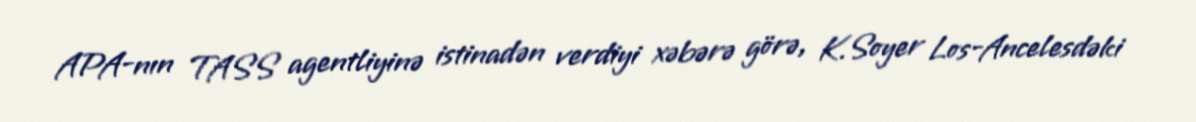
APA-nın TASS agentliyinə istinadən verdiyi xəbərə görə, K.Soyer Los-Ancelesdəki